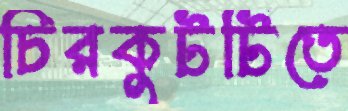
চিরকুটটিতে